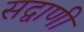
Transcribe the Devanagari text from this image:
सद्वाणी